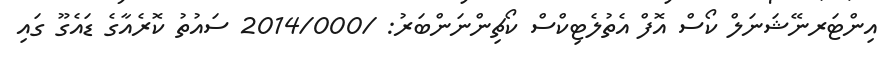
އިންޓަރނޭޝަނަލް ކޯސް އޮފް އެތުލެޓިކްސް ކޯޗިންނަންބަރު: /2014/000 ސައުތު ކޮރެއާގެ ޑައެގޫ ގައި